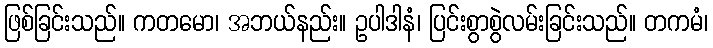
ဖြစ်ခြင်းသည်။ ကတမော၊ အဘယ်နည်း။ ဥပါဒါနံ၊ ပြင်းစွာစွဲလမ်းခြင်းသည်။ တကမံ၊